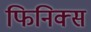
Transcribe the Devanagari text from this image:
फिनिक्‍स